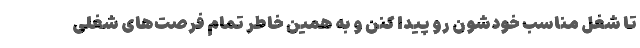
تا شغل مناسب خودشون رو پیدا کنن و به همین خاطر تمام فرصت‌های شغلی